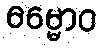
ဓမ္မောဝ